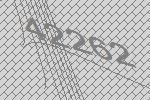
42262